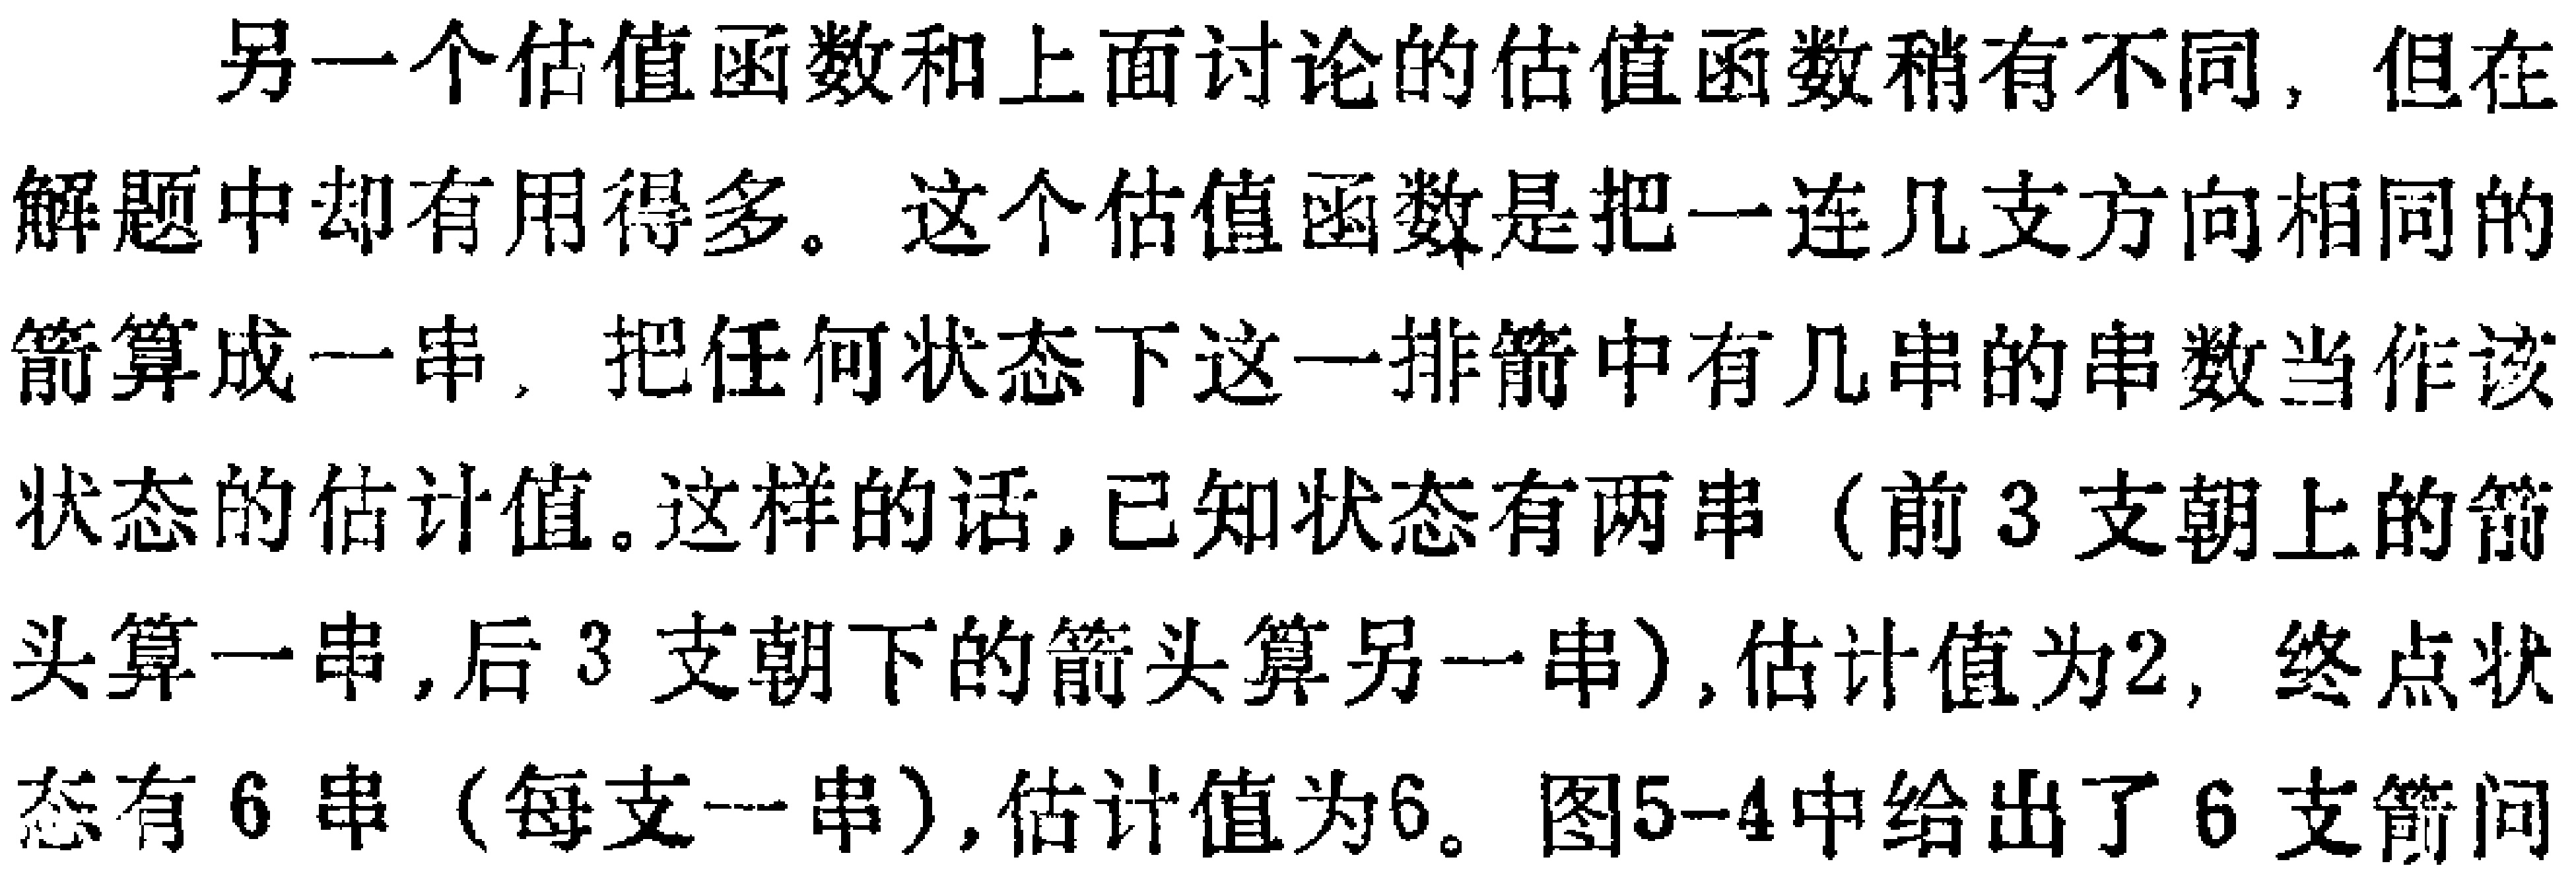
另一个估值函数和上面讨论的估值函数稍有不同，但在解题中却有用得多。这个估值函数是把一连几支方向相同的箭算成一串，把任何状态下这一排箭中有几串的串数当作该状态的估计值。这样的话，已知状态有两串（前3支朝上的箭头算一串，后3支朝下的箭头算另一串），估计值为2，终点状态有6串（每支一串），估计值为6。图5-4中给出了6支箭问